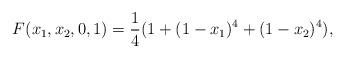
LaTeX: \begin{align*}F(x_1,x_2,0,1)=\frac 14(1+(1-x_1)^4+(1-x_2)^4),\end{align*}